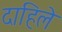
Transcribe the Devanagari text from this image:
दाहिले